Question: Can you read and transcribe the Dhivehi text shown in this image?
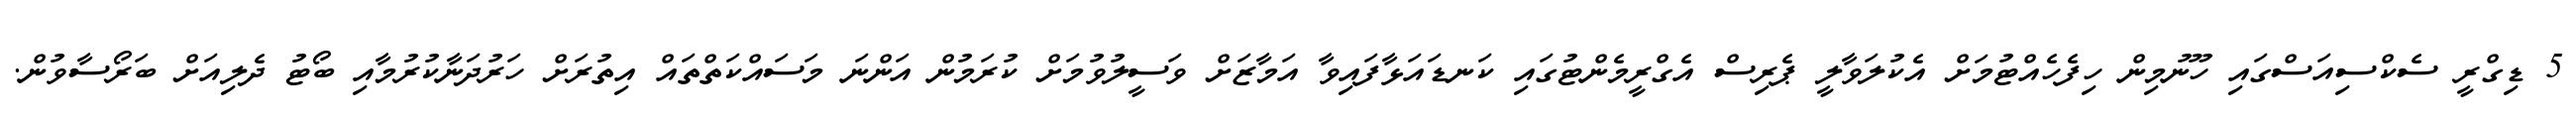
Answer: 5 ޑިގްރީ ސެކްސިއަސްގައި ހޫނުމިން ހިފެހެއްޓުމަށް އެކުލަވާލީ ޕެރިސް އެގްރީމެންޓުގައި ކަނޑައަޅާފައިވާ އަމާޒަށް ވަސީލުވުމަށް ކުރަމުން އަންނަ މަސައްކަތްތައް އިތުރަށް ހަރުދަނާކުރުމާއި ބޯޓު ދެލިއަށް ބަރޯސާވުން.